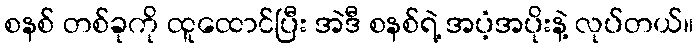
စနစ် တစ်ခုကို ထူထောင်ပြီး အဲဒီ စနစ်ရဲ့ အပံ့အပိုးနဲ့ လုပ်တယ်။